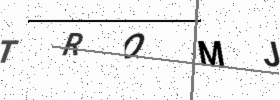
Text: TROMJ